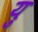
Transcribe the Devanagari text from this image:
य़ु